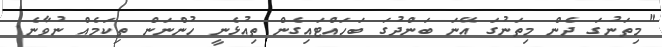
"މިތަނުގަ ދެން މިތަނުގަ އޭނަ ބަންދުގަ ބަހައްޓައިގެން ތިއުޅެނީ ހުންނަން ތިކަމެއް ނުވާނެ.